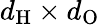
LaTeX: d_{\mathrm{H}}\times d_{\mathrm{O}}